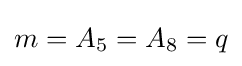
m=A_{5}=A_{8}=q